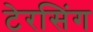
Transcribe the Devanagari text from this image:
टेरसिंग